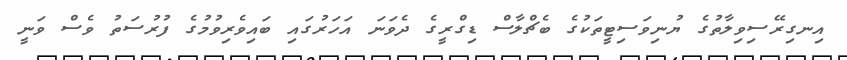
އިނގިރޭސިވިލާތުގެ ޔުނިވަސިޓީތަކުގެ ބެޗްލާސް ޑިގްރީގެ ދެވަނަ އަހަރުގައި ބައިވެރިވުމުގެ ފުރުސަތު ވެސް ވަނީ